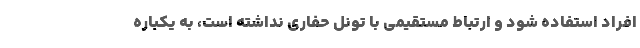
افراد استفاده شود و ارتباط مستقیمی با تونل حفاری نداشته است، به یکباره